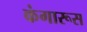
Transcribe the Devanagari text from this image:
कंगारूस